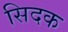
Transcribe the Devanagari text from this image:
सिदक